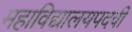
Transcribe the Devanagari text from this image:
महाविद्यालयपदवी